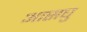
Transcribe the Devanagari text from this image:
आसघु